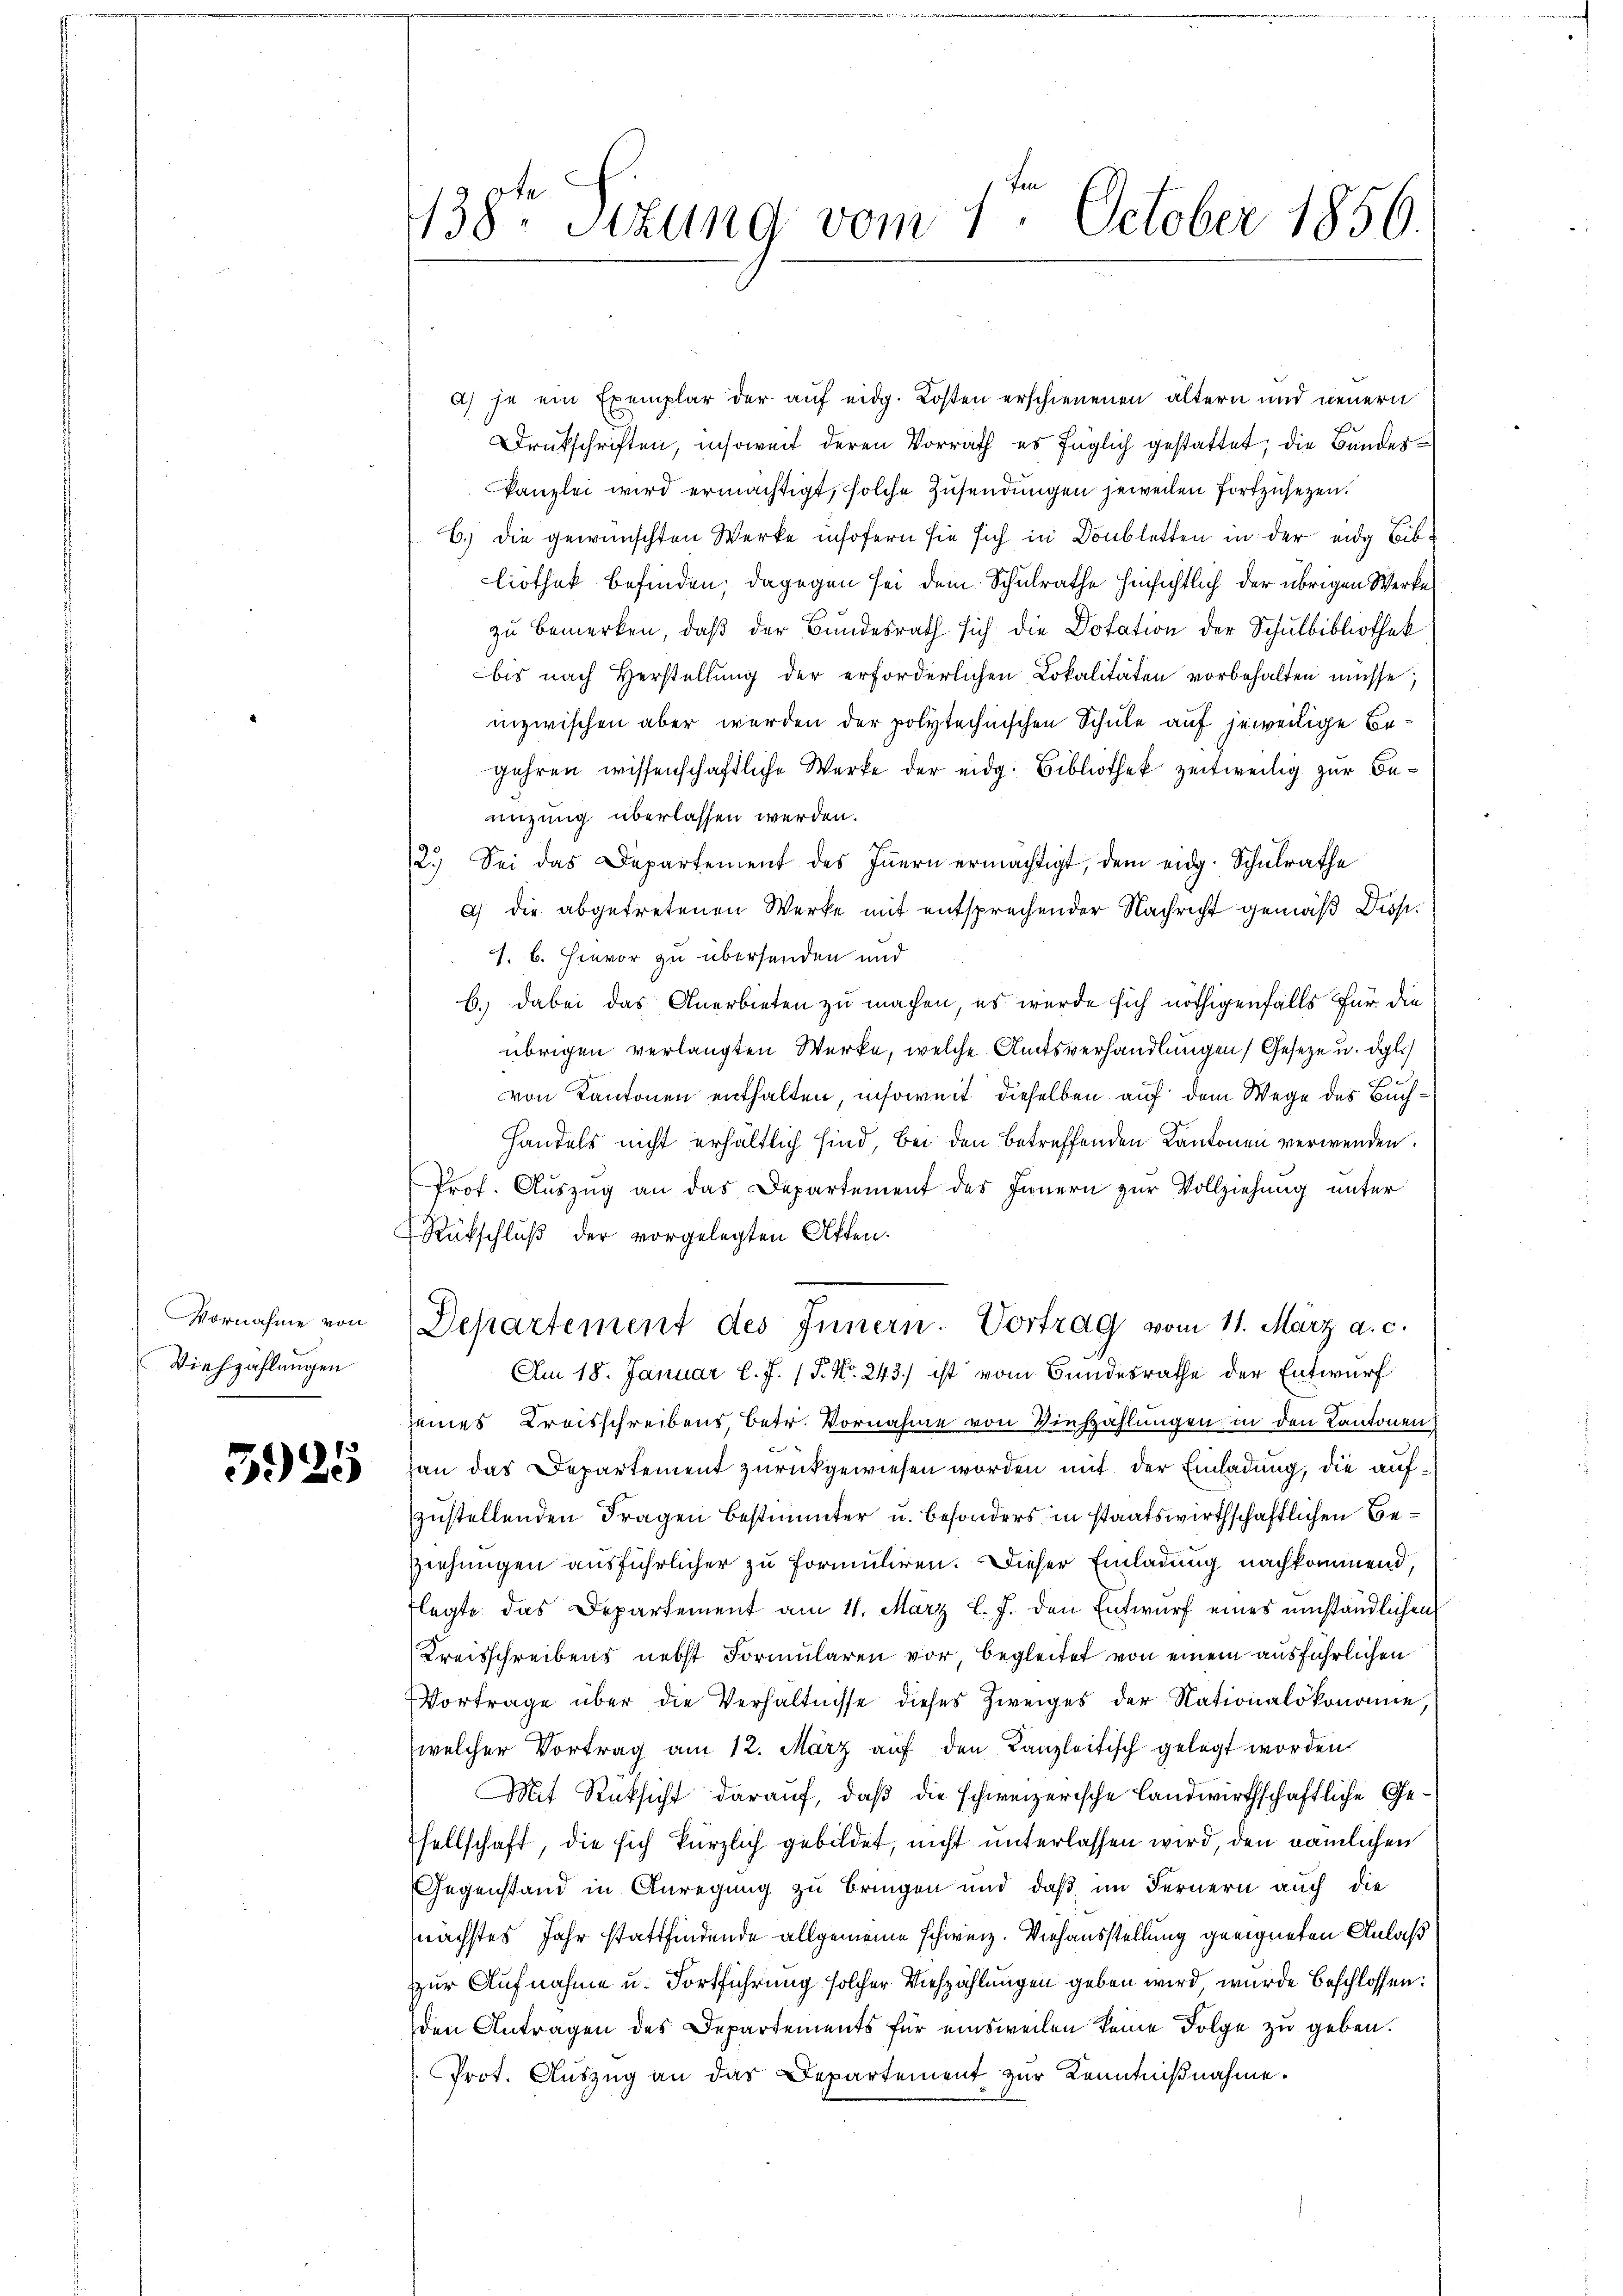
Vornahme von
Viehzahlungen

3925

438. Sitzung vom 1. October 1856.

A) je ein Exemplar der auf eidg. Kosten erschienenen ältern und neuern
Drukschriften, insoweit deren Vorrath es füglich gestattet; die Bundeskanzlei wird ermächtigt, solche Zusendungen jeweilen fortzusetzen.
6.) Die gewünschten Werke insofern sie sich in Doubletten in der eidg Bibliothek befinden, dagegen sei dem Schulrathe hinsichtlich der übrigen Werke
zu bemerken, daß der Bundesrath sich die Dotation der Schulbibliothek
bis nach Verstellŭng der erforderlichen Lokalitäten vorbehalten müsse;
inzwischen aber werden der polytechnischen Schule auf jeweilige Begehren wissenschaftliche Werke der eidg. Bibliothek zeitweilig zur Benizung überlassen werden.
2.) Sei das Departement des Iṅern ermächtigt, dem eidg. Schulrathe
a) die abgetretenen Werke mit entsprechender Nachricht gemäß Diss.
1. b. Hievor zu übersenden und
b.) Dabei das Anerbieten zu machen, es wurde sich nöthigenfalls für die
übrigen verlangten Werke, welche Amtsverhandlungen Geseze u. dgl.)
von Kantonen enthalten insoweit dieselben auf dem Wege des Buch¬
Handels nicht erhältlich sind, bei den betreffenden Kantonen verwenden.
Prof. Auszug an das Departement des Innern zur Vollziehung unter
Rückschluß der vorgelegten Akten.
Departement des Innern. Vortrag vom 11. März a. c.
Am 18. Januar l. J. (T. No. 243.) ist vom Bundesrathe der Entwurf
seines Kreisschreibens, betr. Vornahme von Viehzählungen in den Kantonen
an das Departement zurückgewiesen worden mit der Einladung, die aufzustellenden Fragen bestimmter u. besonders in staatswirthschaftlichen Be¬
Ziehungen ausführlicher zu formuliren. Dieser Einladung nachkommend,
flegte das Departement am 11. März l. J. den Entwurf eines umständlichen
Kreisschreibens nebst Formularen vor begleitet von einem ausführlichen
Vortrage über die Verhältnisse dieses Zweiges der Nationalökonomie
welcher Vortrag am 12. März auf den Kanzleitisch gelegt worden.
Mit Rücksicht darauf, daß die schweizerische Landwirthschaftliche Gesellschaft, die sich kürzlich gebildet, nicht unterlassen wird, den nämlichen
Gegenstand in Anregung zu bringen und daß im Fernern auch die
nächstes Jahr stattfindende allgemeine schweiz. Viehausstellung geeigneten Anlaß
zur Aufnahme u. Fortführung solcher Viehzählungen geben wird wurde beschlossen:
den Antragen des Departements für einsweilen keine Folge zu geben.
Prot. Auszug an das Departement zur Kenntnißnahme.